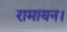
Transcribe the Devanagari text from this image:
रामायन।